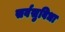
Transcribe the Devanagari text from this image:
सर्वसुविधा